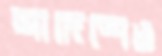
আদেশেও